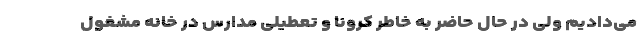
می‌دادیم ولی در حال حاضر به خاطر کرونا و تعطیلی مدارس در خانه مشغول